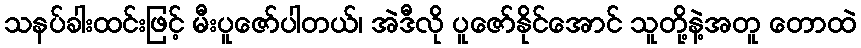
သနပ်ခါးထင်းဖြင့် မီးပူဇော်ပါတယ်၊ အဲဒီလို ပူဇော်နိုင်အောင် သူတို့နဲ့အတူ တောထဲ